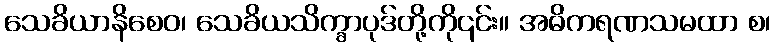
သေခိယာနိစေဝ၊ သေခိယသိက္ခာပုဒ်တို့ကို၎င်း။ အဓိကရဏသမထာ စ၊